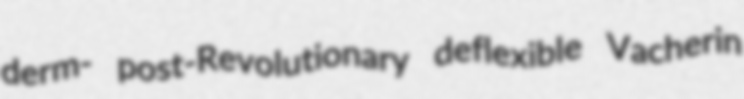
derm- post-Revolutionary deflexible Vacherin